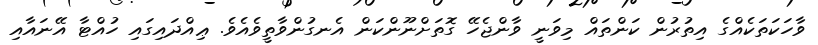
ވާހަކަތަކެއްގެ އިތުރުން ކަންތައް މިވަނީ ވާންޖެހޭ ގޮތަށްނޫންކަން އެނގުންވާތީވެއެވެ. ޢިއްދައިގައި ހުއްޓާ އޭނައާއި